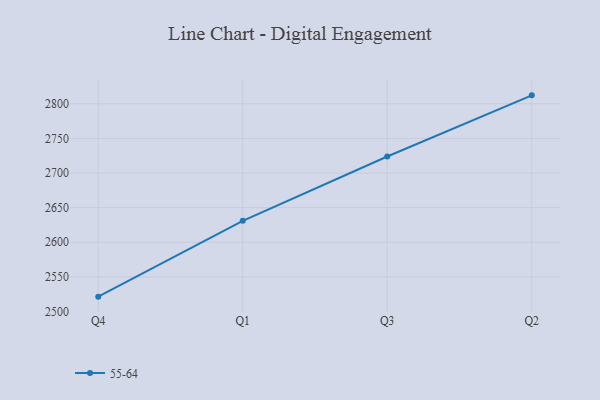
{"axis": {"x": "Quarter", "y": "Temperature (°C)"}, "legend": ["55-64"], "data": [{"x": "Q4", "y": 2521.5, "type": "55-64"}, {"x": "Q1", "y": 2631.0, "type": "55-64"}, {"x": "Q3", "y": 2723.9, "type": "55-64"}, {"x": "Q2", "y": 2812.2, "type": "55-64"}]}